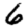
Digit: 6